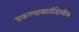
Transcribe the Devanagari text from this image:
प्रकल्पासाठीदेखील